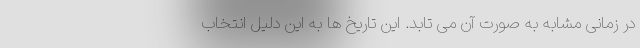
در زمانی مشابه به صورت آن می تابد. این تاریخ ها به این دلیل انتخاب